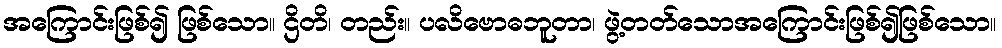
အကြောင်းဖြစ်၍ ဖြစ်သော။ ဌိတိ၊ တည်း။ ပလိဗောဓဘူတာ၊ ဖွဲ့တတ်သောအကြောင်းဖြစ်၍ဖြစ်သော။